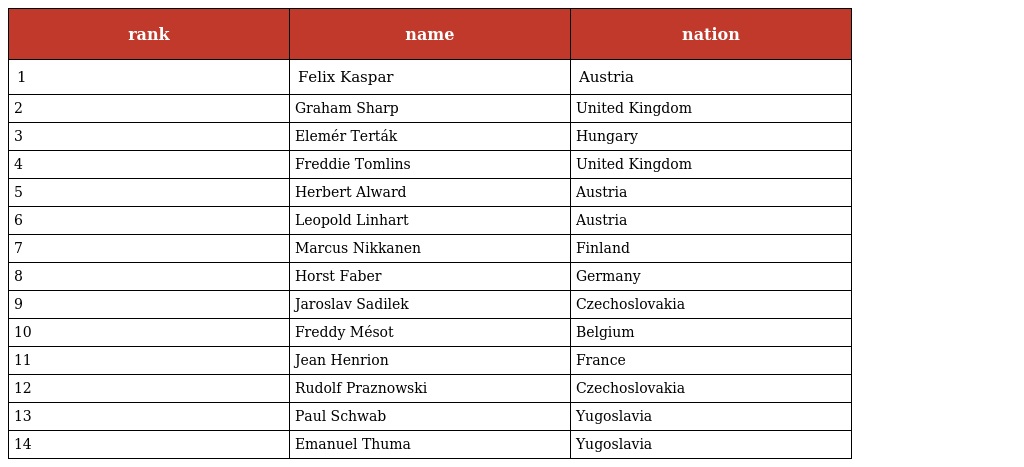
| rank | name | nation |
 | --- | --- | --- |
 | 1 | Felix Kaspar | Austria |
 | 2 | Graham Sharp | United Kingdom |
 | 3 | Elemér Terták | Hungary |
 | 4 | Freddie Tomlins | United Kingdom |
 | 5 | Herbert Alward | Austria |
 | 6 | Leopold Linhart | Austria |
 | 7 | Marcus Nikkanen | Finland |
 | 8 | Horst Faber | Germany |
 | 9 | Jaroslav Sadilek | Czechoslovakia |
 | 10 | Freddy Mésot | Belgium |
 | 11 | Jean Henrion | France |
 | 12 | Rudolf Praznowski | Czechoslovakia |
 | 13 | Paul Schwab | Yugoslavia |
 | 14 | Emanuel Thuma | Yugoslavia |